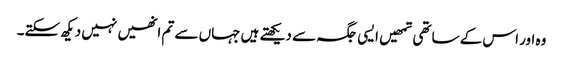
وہ اور اس کے ساتھی تمھیں ایسی جگہ سے دیکھتے ہیں جہاں سے تم انھیں نہیں دیکھ سکتے۔